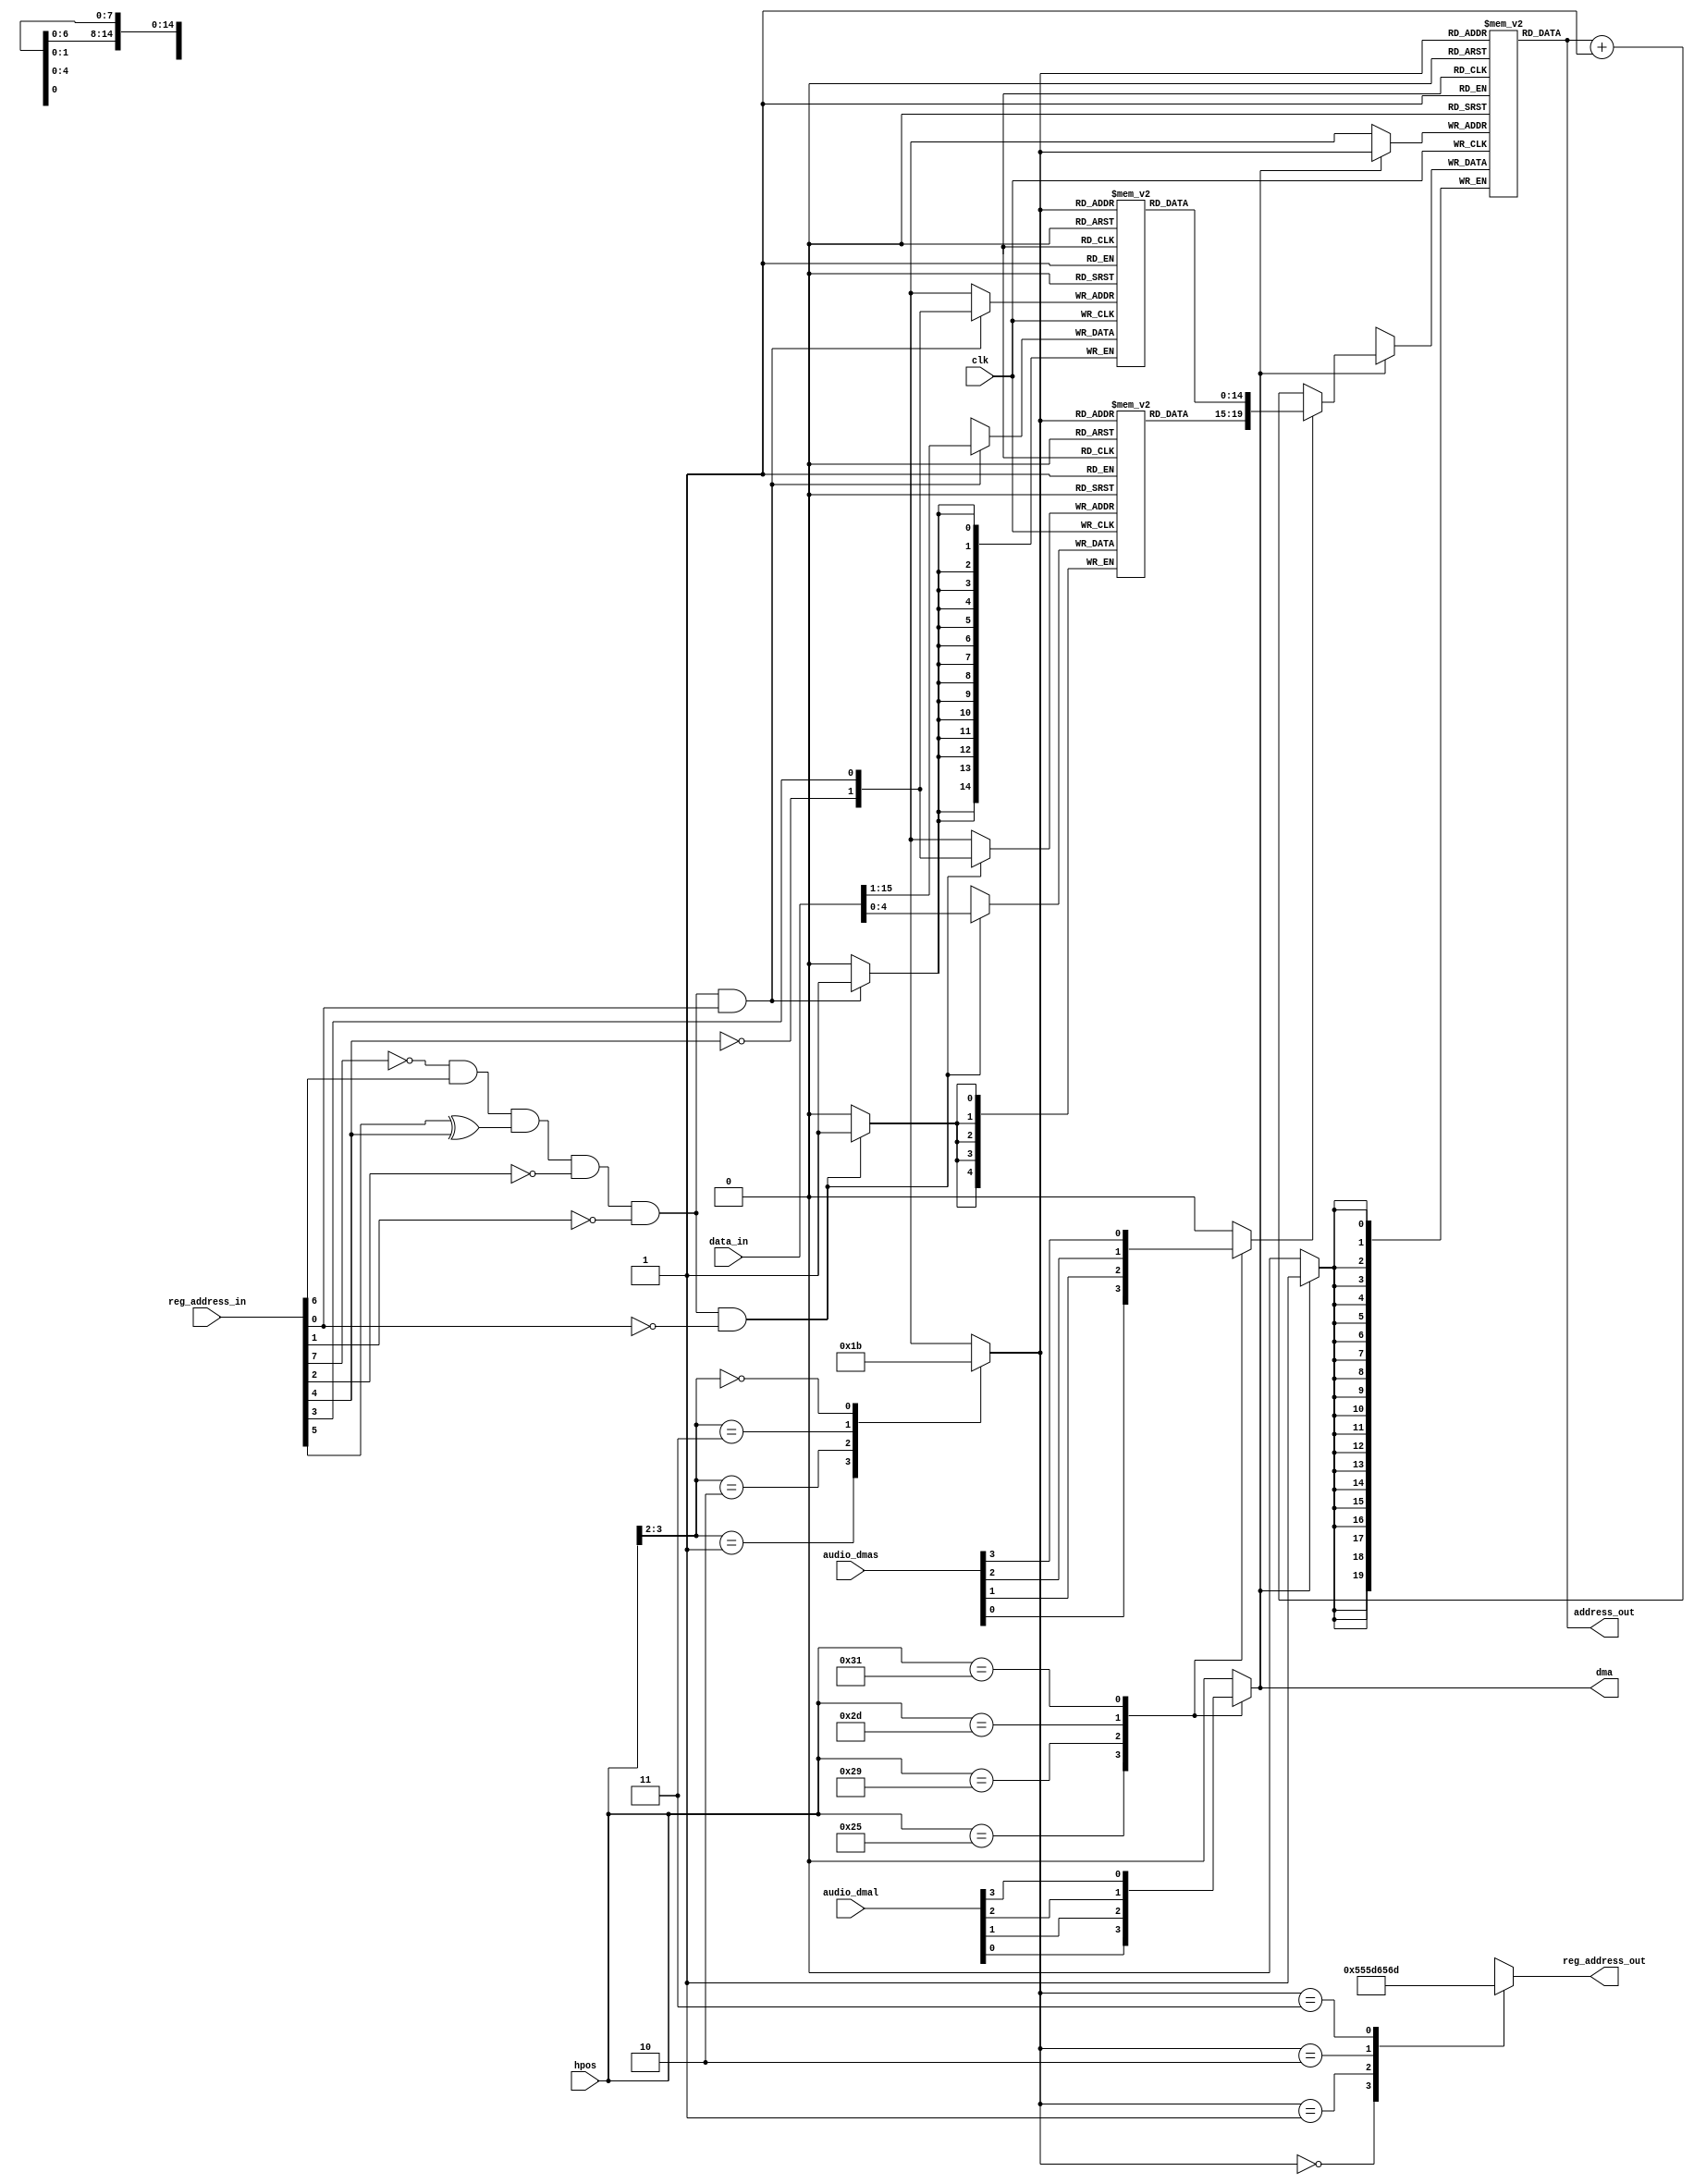
module auddma_engine
(
	input 	clk,		    			
	output	dma,						
	input	[3:0] audio_dmal,			
	input	[3:0] audio_dmas,			
	input	[8:0] hpos,					
	input 	[8:1] reg_address_in,		
	output 	reg [8:1] reg_address_out,	
	input	[15:0] data_in,				
	output	[20:1] address_out			
);
parameter AUD0DAT = 9'h0AA;
parameter AUD1DAT = 9'h0BA;
parameter AUD2DAT = 9'h0CA;
parameter AUD3DAT = 9'h0DA;
wire	audlcena;				
wire	[1:0] audlcsel;			
reg		[20:16] audlch [3:0];	
reg		[15:1] audlcl [3:0];	
wire	[20:1] audlcout;		
reg		[20:1] audpt [3:0];		
wire	[20:1] audptout;		
reg		[1:0]  channel;			
reg		dmal;
reg		dmas;
assign audlcena = ~reg_address_in[8] & reg_address_in[7] & (reg_address_in[6]^reg_address_in[5]) & ~reg_address_in[3] & ~reg_address_in[2];
assign audlcsel = {~reg_address_in[5],reg_address_in[4]};
always @(posedge clk)
	if (audlcena & ~reg_address_in[1]) 
		audlch[audlcsel] <= data_in[4:0];
always @(posedge clk)
	if (audlcena & reg_address_in[1]) 
		audlcl[audlcsel] <= data_in[15:1];
assign audlcout = {audlch[channel],audlcl[channel]};
always @(hpos or audio_dmal)
	case (hpos)
		9'b0001_0010_1 : dmal = audio_dmal[0]; 
		9'b0001_0100_1 : dmal = audio_dmal[1]; 
		9'b0001_0110_1 : dmal = audio_dmal[2]; 
		9'b0001_1000_1 : dmal = audio_dmal[3]; 
		default        : dmal = 0;
	endcase
assign dma = dmal;
always @(hpos or audio_dmas)
	case (hpos)
		9'b0001_0010_1 : dmas = audio_dmas[0]; 
		9'b0001_0100_1 : dmas = audio_dmas[1]; 
		9'b0001_0110_1 : dmas = audio_dmas[2]; 
		9'b0001_1000_1 : dmas = audio_dmas[3]; 
		default        : dmas = 0;
	endcase
always @(hpos)
	case (hpos[3:2])
		2'b01 : channel = 0; 
		2'b10 : channel = 1; 
		2'b11 : channel = 2; 
		2'b00 : channel = 3; 
	endcase
assign address_out[20:1] = audptout[20:1];
always @(posedge clk)
	if (dmal)
		audpt[channel] <= dmas ? audlcout[20:1] : audptout[20:1] + 1'b1;
assign audptout[20:1] = audpt[channel];
always @(channel)
	case (channel)
		0 : reg_address_out[8:1] = AUD0DAT[8:1];
		1 : reg_address_out[8:1] = AUD1DAT[8:1];
		2 : reg_address_out[8:1] = AUD2DAT[8:1];
		3 : reg_address_out[8:1] = AUD3DAT[8:1];
	endcase
endmodule